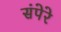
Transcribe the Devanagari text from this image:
संपेरे